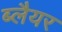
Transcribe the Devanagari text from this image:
ब्लैयर